Annual report on the lock hospitals of the Madras Presidency
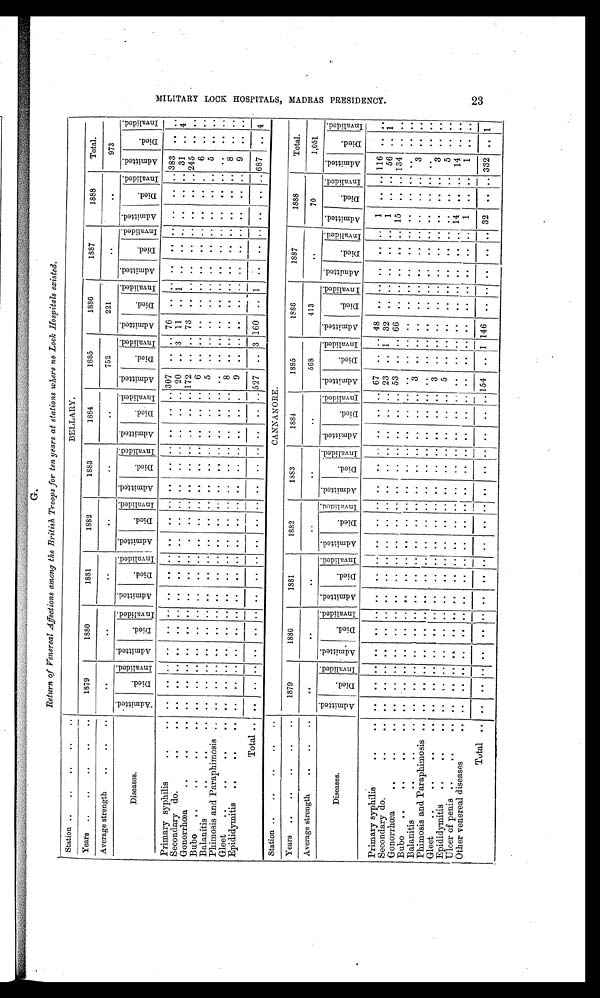
G.
Return of Venereal Affections among the British Troops for ten years at stations where no Look Hospitals existed.
Station ..
..
. .
. .
. .
BELLARY.
Years ..
..
..
..
..
1879
1880
1881
1882
1883
1884
1885
1886
1887
1888
Total.
Average strength
..
..
.. . .
..
. .
..
..
..
..
752
221
..
. .
973
Diseases.
A d m i t t e d .
D i e d . I n v a l i d e d .
A d m i t t e d .
D i e d .
I n v a l i d e d . A d m i t t e d .
D i e d .
I n v a l i d e d . A d m i t t e d .
D i e d .
I n v a l i d e d .
A d m i t t e d .
D i e d .
I n v a l i d e d . A d m i t t e d .
D i e d .
I n v a l i d e d .
A d m i t t e d .
D i e d .
I n v a l i d e d . A d m i t t e d .
Di e d .
I n v a l i d e d . A d m i t t e d .
D i e d .
I n v a l i d e d . A d m i t t e d .
D i e d .
I n v a l i d e d . A d m i t t e d .
Di ed.
I n v a l i d e d .
Primary syphilis
. . . .
..
. . . . . .
. .
.. .. ..
. . . . .. ..
. .
. . .. ..
. .
.. 307 .. .. 76 .. .. .. ..
. . ..
.. . . 383
. . .
..
Secondary do.. . . .
.. .. . . . . .. ..
. . ..
. . . .
. . .. . .
. . .. ..
. .
.. 20 .. 3 11 .. 1 .. .. .. .. .. . . 31
. . 4
Gonorrhœa
. . . . ..
..
.. . . . . . . ..
. . ..
. . . . .. ..
. .
. . .. ..
. . .. 172 .. .. 73 .. .. .. ..
. . ..
.. .. 245
. . ...
Bubo . . . . . .
..
..
. . . . . . ..
.. ..
. . . . .. ..
. .
. . .. ..
. .
..
6
. . ..
. . .. .. .. ..
. .
.. ..
. . 6
. . ..
Balanitis
..
..
. . . . . . ..
.. ..
. . . . .. ..
. .
. . .. ..
. . ..
5
. . ..
. . .. .. .. .. .. .. .. .. 5 .. ..
Phimosis and Paraphimosis .. .. .. .. .. .. ..
. . ..
. . . . .. ..
. .
. . .. ..
. . ..
. .
. . ..
. . .. .. .. ..
. .
.. ..
. . . . .. ..
Gleet .. . . . .
.. .. .. .. .. .. .. .. .. .. .. .. .. .. .. .. .. ..
8
.. .. .. .. .. .. .. .. .. .. ..
8 ..
..
Epididymitis .. . .
.. .. .. .. .. .. .. .. .. .. .. .. .. .. .. .. .. ..
9
.. .. .. .. .. .. .. .. .. .. ..
9
.. ..
Total
.. .. .. .. .. .. ..
..
..
.. .. .. .. .. .. .. .. .. 527 ..
3
160 .. 1
.. .. ..
.. .. .. 687
..
4
Station ..
. . . . . . ..
CANNANORE.
Years ..
. . .. . ..
1879
1880
1881
1882
1883
1884
1885
1886
1887
1888
Total.
Average strength
..
..
..
. .
. .
.. .. .. ..
568
413
. .
70
1,051
Diseases.
A d m i t t e d .
D i e d .
I n v a l i d e d . A d m i t t e d .
D i e d .
I n v a l i d e d . A d m i t t e d .
D i e d .
I n v a l i d e d . A d m i t t e d .
D i e d .
I n v a l i d e d . A d m i t t e d .
D i e d .
I n v a l i d e d .
A d m i t t e d .
D i e d .
I n v a l i d e d .
A d m i t t e d .
D i e d .
I n v a l i d e d .
A d m i t t e d .
Di e d .
I n v a l i d e d . A d m i t t e d .
D i e d .
I n v a l i d e d . A d m i t t e d .
Di e d .
I n v a l i d e d . A d m i t t e d .
D i e d .
I nva l i de d.
Primary syphilis
..
.. . .
.. .. ..
. . .. .. .. . . . . .. .. ..
.. .. ..
. . .. 67 .. .. 48 .. .. .. .. .. 1 .. . . 116 .. ..
Secondary do.
..
. . .. . . . .
. . .. . . .. . . . . .. ..
. . ..
. . ..
. . . . 23 . . 1 32
.. . . . . .. .. 1 ..
. . 56 .. 1
Gonorrhœa
. . .
. . .. . . . .
. . .. . . .. . . . . .. ..
. . ..
. . ..
. . . . 53 .. .. 66 .. .. . . .. .. 15 .. .. 134 .. ..
Bubo
. . . . . . .
. .
. . . . . .
. . .. . .
. . . . . .
. . .. . . ..
. . ..
. . . . . .
. . ..
. . ..
. . ..
. . ..
. . ..
. .
. . .. ..
Balanitis
. . .. .
. .
. . . . . .
. . .. . . .. . . . . .. ..
. . ..
. . ..
. . . . 3
. . ..
. . ..
. . ..
. . ..
. . ..
. . 3 .. ..
Phimosis and Paraphimosis
. . .. . . . .
. . .. . . .. . . . . .. ..
. . ..
. . ..
. . . . . .
. . ..
. . ..
. . ..
. . ..
. . ..
. .
. .
.. ..
Gleet
. . .
.
. . .. . . . .
. . .. . . .. . . . . .. ..
. . ..
. . ..
. . . . 3
. . ..
. . ..
. . ..
. . ..
. . ..
. . 3 .. ..
Epididymitis .. .
. . .. . . . .
. . .. . . .. . . . . .. ..
. . ..
. . ..
. . . . 5
. . .. . .
.. . . . . . . .. . .
. . . . 5 .. ..
Ulcer of penis ..
..
. .
.. .. . .
. . . . . .
. . . . . .
. . .. . .
. . . . . . . .
. . . .
. . .. . .
. .
. . ..
. . .. 14 ..
. . 14 .. ..
Other venereal diseases
. . . .
. . . . . .
. . . . . .
. . . . . .
. . ..
. . ..
. . ..
. . . .
. .
. . ..
. . ..
. . ..
. . ..
1 ..
. . 1 .. ..
Total
. . . .
. . . . . .
. . .. . .
. . . . . .
. . .. . .
. .
. . . . . .
. . 154 .. 1 146 .. .. .. . . .. 32 ..
. .
332 ..
1
2 4 A P P E N D I X T O A N N U A L R E P O R T O N T H E